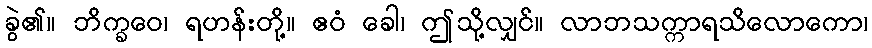
ခွဲ၏။ ဘိက္ခဝေ၊ ရဟန်းတို့။ ဧဝံ ခေါ၊ ဤသို့လျှင်။ လာဘသက္ကာရသိလောကော၊